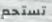
تستحم